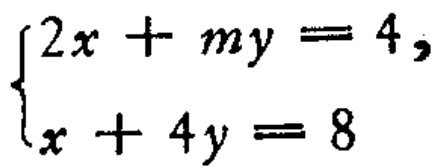
$\begin{cases}2x + my = 4,\\x + 4y = 8\end{cases}$